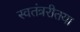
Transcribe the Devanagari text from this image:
स्वतंत्ररीतया